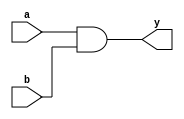
module first( a, b, y);

input a, b;
output y;

assign y = a & b;

endmodule